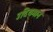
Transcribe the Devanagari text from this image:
उदियमान